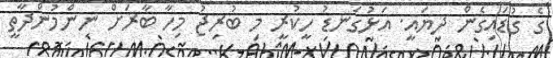
ގެ ގުޑައިގެން ދިޔައީ. އަޅުގަނޑު ހީކުރީ މި ބުރިޖު މިހާ ބާރަށް ނިންމުންދާތީ